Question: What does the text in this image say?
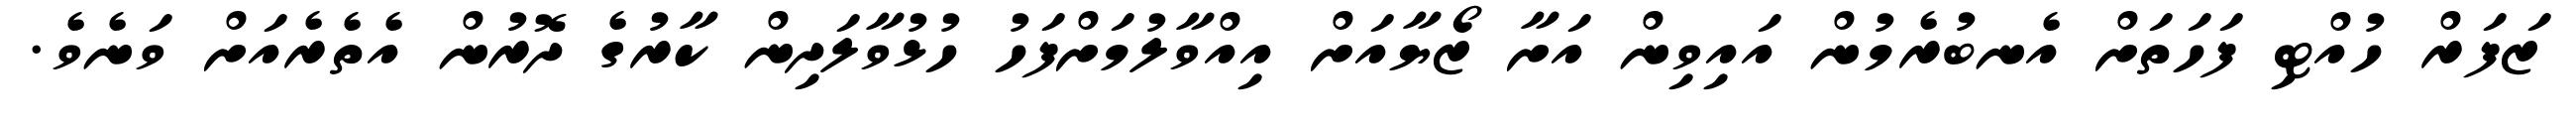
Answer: ޒަފަރް ހުއްޓި ފަހަތަށް އެނބުރެމުން އައިވިން އަށާ ޒޯޔާއަށް އިއްވާލުމަށްފަހު ހުޅުވާލަދިން ކާރުގެ ދޮރުން އެތެރެއަށް ވަނެވެ.